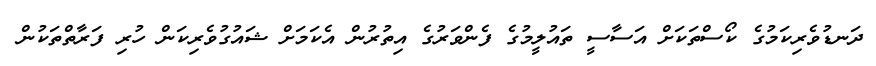
ދަނޑުވެރިކަމުގެ ކޯސްތަކަށް އަސާސީ ތައުލީމުގެ ފެންވަރުގެ އިތުރުން އެކަމަށް ޝައުގުވެރިކަން ހުރި ފަރާތްތަކުން